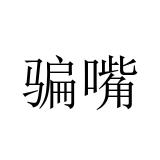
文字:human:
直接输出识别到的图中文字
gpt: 骗嘴